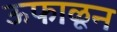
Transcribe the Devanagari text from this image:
ऊफाळून